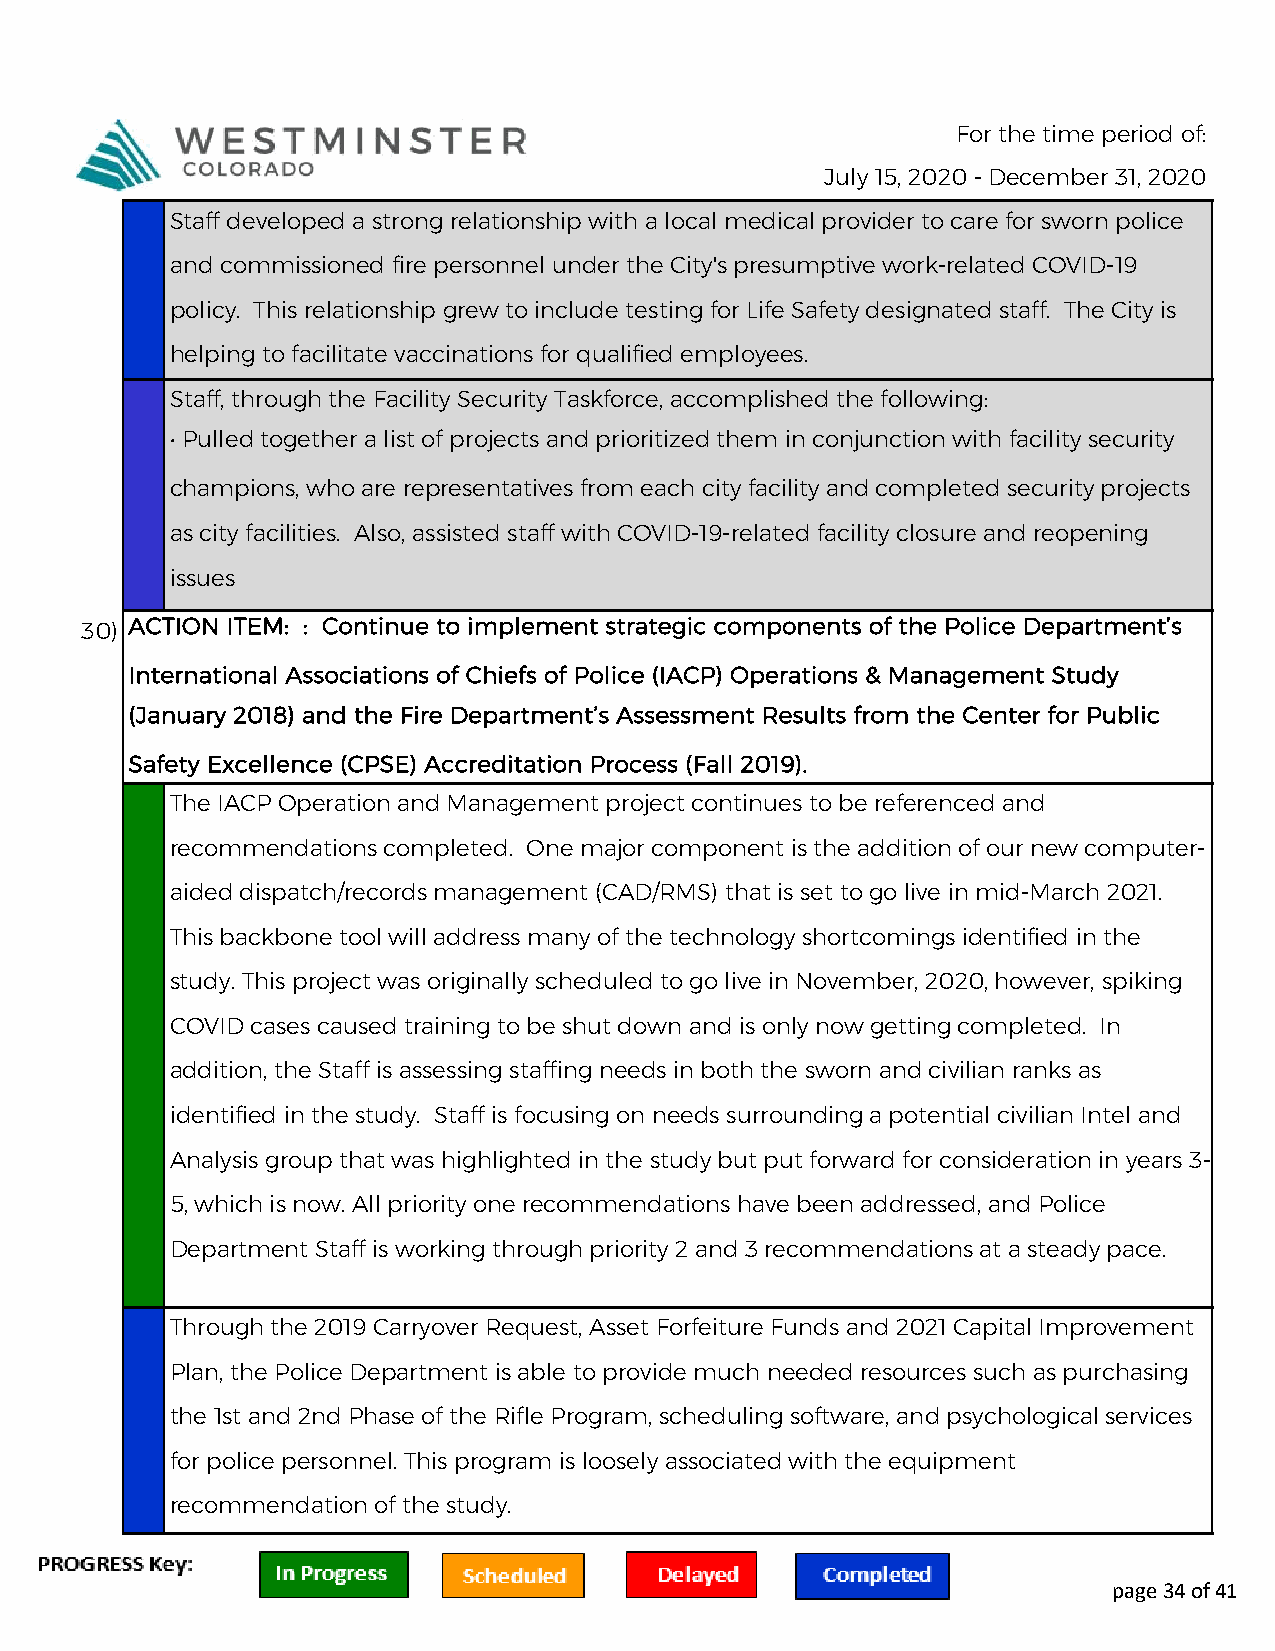
For the time period of:
 July 15, 2020 - December 31, 2020
 Staff developed a strong relationship with a local medical provider to care for sworn police
 and commissioned fire personnel under the City's presumptive work-related COVID-19
 policy. This relationship grew to include testing for Life Safety designated staff. The City is
 helping to facilitate vaccinations for qualified employees.
 Staff, through the Facility Security Taskforce, accomplished the following:
 • Pulled together a list of projects and prioritized them in conjunction with facility security
 champions, who are representatives from each city facility and completed security projects
 as city facilities. Also, assisted staff with COVID-19-related facility closure and reopening
 issues
 30) ACTION ITEM: : Continue to implement strategic components of the Police Department’s
 International Associations of Chiefs of Police (IACP) Operations & Management Study
 (January 2018) and the Fire Department’s Assessment Results from the Center for Public
 Safety Excellence (CPSE) Accreditation Process (Fall 2019).
 The IACP Operation and Management project continues to be referenced and
 recommendations completed. One major component is the addition of our new computer-
 aided dispatch/records management (CAD/RMS) that is set to go live in mid-March 2021.
 This backbone tool will address many of the technology shortcomings identified in the
 study. This project was originally scheduled to go live in November, 2020, however, spiking
 COVID cases caused training to be shut down and is only now getting completed. In
 addition, the Staff is assessing staffing needs in both the sworn and civilian ranks as
 identified in the study. Staff is focusing on needs surrounding a potential civilian Intel and
 Analysis group that was highlighted in the study but put forward for consideration in years 3-
 5, which is now. All priority one recommendations have been addressed, and Police
 Department Staff is working through priority 2 and 3 recommendations at a steady pace.
 Through the 2019 Carryover Request, Asset Forfeiture Funds and 2021 Capital Improvement
 Plan, the Police Department is able to provide much needed resources such as purchasing
 the 1st and 2nd Phase of the Rifle Program, scheduling software, and psychological services
 for police personnel. This program is loosely associated with the equipment
 recommendation of the study.
 page 34 of 41